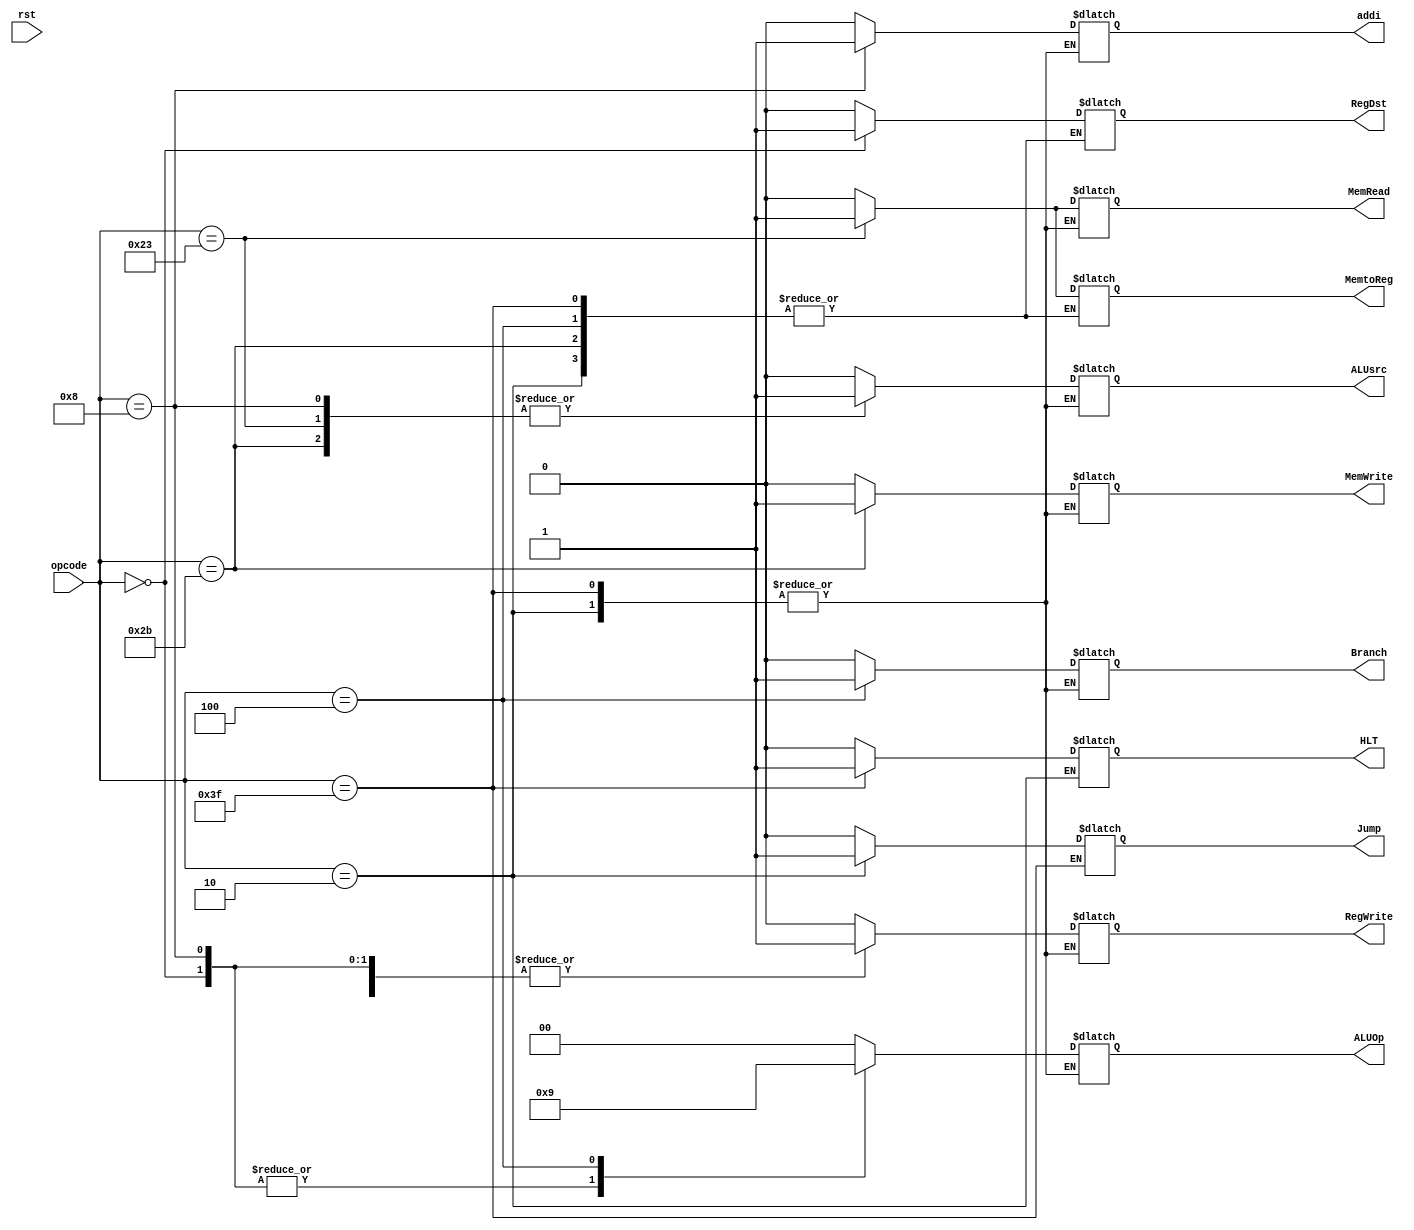
// EECE3324 
// Computer Architecture
// Final Project
// Kevin Wong & Jonathan Marrero

//Control Unit module

//Taken from HW6 Solutions

`timescale 1ns / 1ns

module ControlUnit(opcode, rst, RegDst, Jump, Branch, 
                    MemRead, MemtoReg, MemWrite, ALUsrc, 
                    RegWrite, ALUOp, addi, HLT);
  
  input [5:0] opcode;
  input rst;
  output reg RegDst, Jump, Branch, MemRead, MemtoReg, 
              MemWrite, ALUsrc, RegWrite, addi, HLT;
  output reg [1:0] ALUOp;
  
  // initialize
  initial begin
    RegDst = 0;
    ALUsrc = 0;
    MemtoReg = 0;
    RegWrite = 0;
    MemRead = 0;
    MemWrite = 0;
    Branch = 0;
    ALUOp = 2'b00;
    Jump = 0;
    addi	= 0;
    HLT = 0;
  end
        
  // get outputs
  always @ (opcode) begin
    
	  // generate control signals
	  case (opcode)
	    // R-format
	    6'b000000: begin
	      RegDst = 1;
	      ALUsrc = 0;
	      MemtoReg = 0;
	      RegWrite = 1;
	      MemRead = 0;
	      MemWrite = 0;
	      Branch = 0;
	      ALUOp = 2'b10;
	      Jump = 0;
	      addi = 0;
	      HLT = 0;
      end
      
      // addi
      6'b001000: begin
        RegDst = 0;
	      ALUsrc = 1;
	      MemtoReg = 0;
	      RegWrite = 1;
	      MemRead = 0;
	      MemWrite = 0;
	      Branch = 0;
	      ALUOp = 2'b10;
	      Jump = 0;
	      addi = 1;
	      HLT = 0;
      end
        
      // lw
      6'b100011: begin
        RegDst = 0;
        ALUsrc = 1;
        MemtoReg = 1;
        RegWrite = 1;
        MemRead = 1;
        MemWrite = 0;
        Branch = 0;
	      ALUOp = 2'b00;
	      Jump = 0;
	      addi = 0;
	      HLT = 0;
      end
        
      // sw
      6'b101011: begin
        //RegDst = x;   (don't care)
        ALUsrc = 1;
        //MemtoReg = x; (don't care)
        RegWrite = 0;
        MemRead = 0;
        MemWrite = 1;
        Branch = 0;
	      ALUOp = 2'b00;
	      Jump = 0;
	      addi = 0;
	      HLT = 0;
		  end
        
      // beq
      6'b000100: begin
        //RegDst = x;   (don't care)
        ALUsrc = 0;
        //MemtoReg = x; (don't care)
        RegWrite = 0;
        MemRead = 0;
        MemWrite = 0;
        Branch = 1;
	      ALUOp = 2'b01;
	      Jump = 0;
	      addi = 0;
	      HLT = 0;
      end
      
      // jump
      6'b000010: begin
        //RegDst = x;     (don't care)
        //ALUsrc = x;     (don't care)
        //MemtoReg = x;   (don't care)
        //RegWrite = x;   (don't care)
        //MemRead = x;    (don't care)
        //MemWrite = x;   (don't care)
        //Branch = x;     (don't care)
        //ALUOp = 2'bxx;  (don't care)
        Jump = 1;
        //addi	= x;       (don't care)
        //HLT = x;        (don't care)
      end
      
      // Halt
      6'b111111: begin
        //RegDst = x;     (don't care)
        //ALUsrc = x;     (don't care)
        //MemtoReg = x;   (don't care)
        //RegWrite = x;   (don't care)
        //MemRead = x;    (don't care)
        //MemWrite = x;   (don't care)
        //Branch = x;     (don't care)
        //ALUOp = 2'bxx;  (don't care)
        //Jump = x;       (don't care)
        //addi	= x;       (don't care)
        HLT = 1;
      end     
      
      default: begin
        RegDst = 0;
        ALUsrc = 0;
        MemtoReg = 0;
        RegWrite = 0;
        MemRead = 0;
        MemWrite = 0;
        Branch = 0;
        ALUOp = 2'b00;
        Jump = 0;
        addi	= 0;
        HLT = 0;
      end
    endcase
  end
  
endmodule